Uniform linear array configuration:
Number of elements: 4
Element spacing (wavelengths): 0.5
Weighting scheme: hamming
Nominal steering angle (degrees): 0
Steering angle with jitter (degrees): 0.3405
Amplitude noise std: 0.05
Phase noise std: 0.05

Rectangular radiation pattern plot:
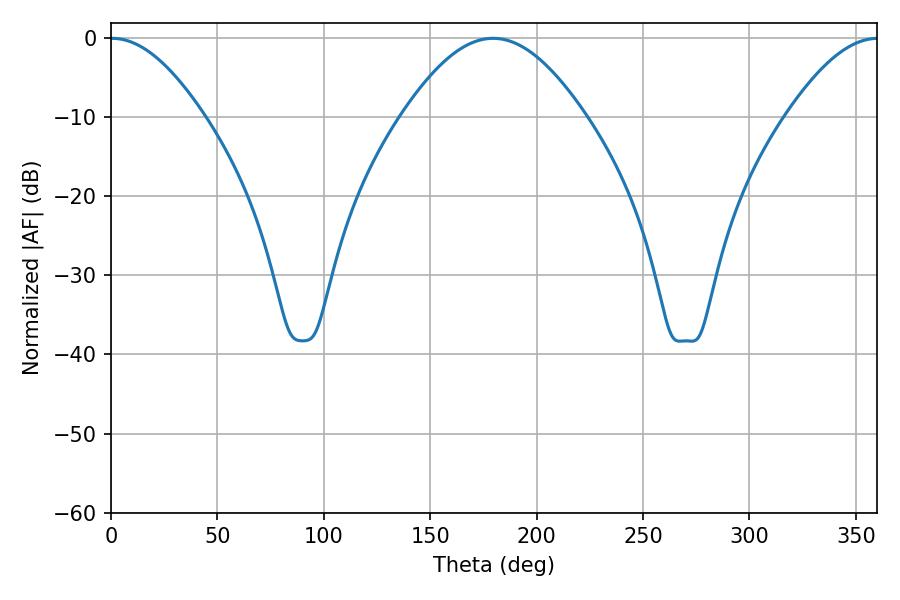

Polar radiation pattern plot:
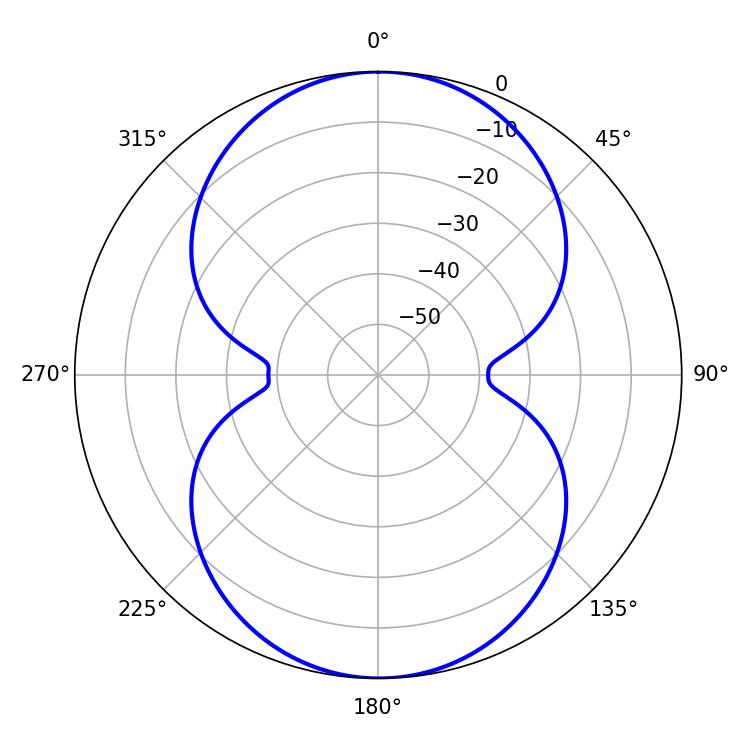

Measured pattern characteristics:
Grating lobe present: FALSE
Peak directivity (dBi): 22.596
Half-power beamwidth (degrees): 23.76
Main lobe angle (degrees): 0.36